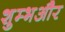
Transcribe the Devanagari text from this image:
शुम्भऔर